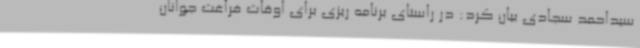
سیداحمد سجادی بیان کرد: در راستای برنامه ریزی برای اوقات فراغت جوانان